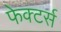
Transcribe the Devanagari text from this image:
फेक्टर्स